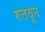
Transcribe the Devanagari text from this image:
रुतवून